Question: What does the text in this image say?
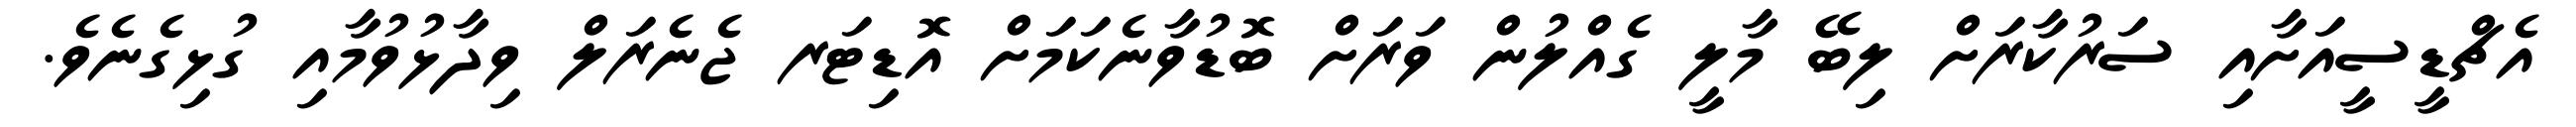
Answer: އެޗްޑީސީއަށާއި ސަރުކާރަށް ލިބޭ މާލީ ގެއްލުން ވަރަށް ބޮޑުވާނެކަމަށް އޮޑިޓަރ ޖެނެރަލް ވިދާޅުވުމާއި ގުޅިގެނެވެ.